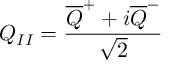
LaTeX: Q _ { I I } = \frac { \overline { { { Q } } } ^ { + } + i \overline { { { Q } } } ^ { - } } { \sqrt { 2 } }